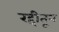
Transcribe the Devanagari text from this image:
रद्दीतून